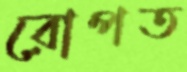
রোপত